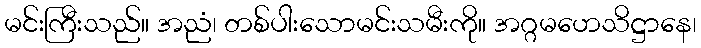
မင်းကြီးသည်။ အညံ၊ တစ်ပါးသောမင်းသမီးကို။ အဂ္ဂမဟေသိဋ္ဌာနေ၊